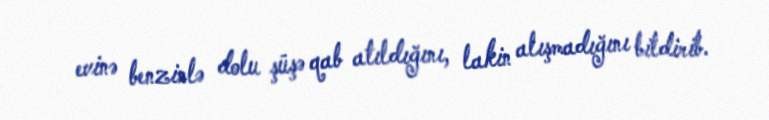
evinə benzinlə dolu şüşə qab atıldığını, lakin alışmadığını bildirib.